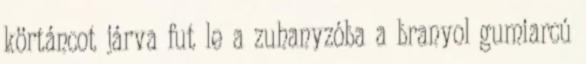
körtáncot járva fut le a zuhanyzóba a branyol gumiarcú